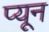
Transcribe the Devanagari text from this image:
प्यून